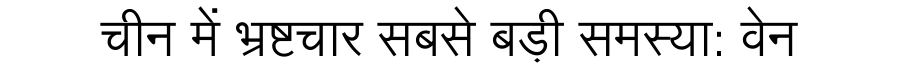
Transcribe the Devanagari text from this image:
चीन में भ्रष्टचार सबसे बड़ी समस्या: वेन